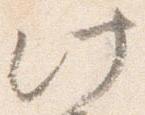
此